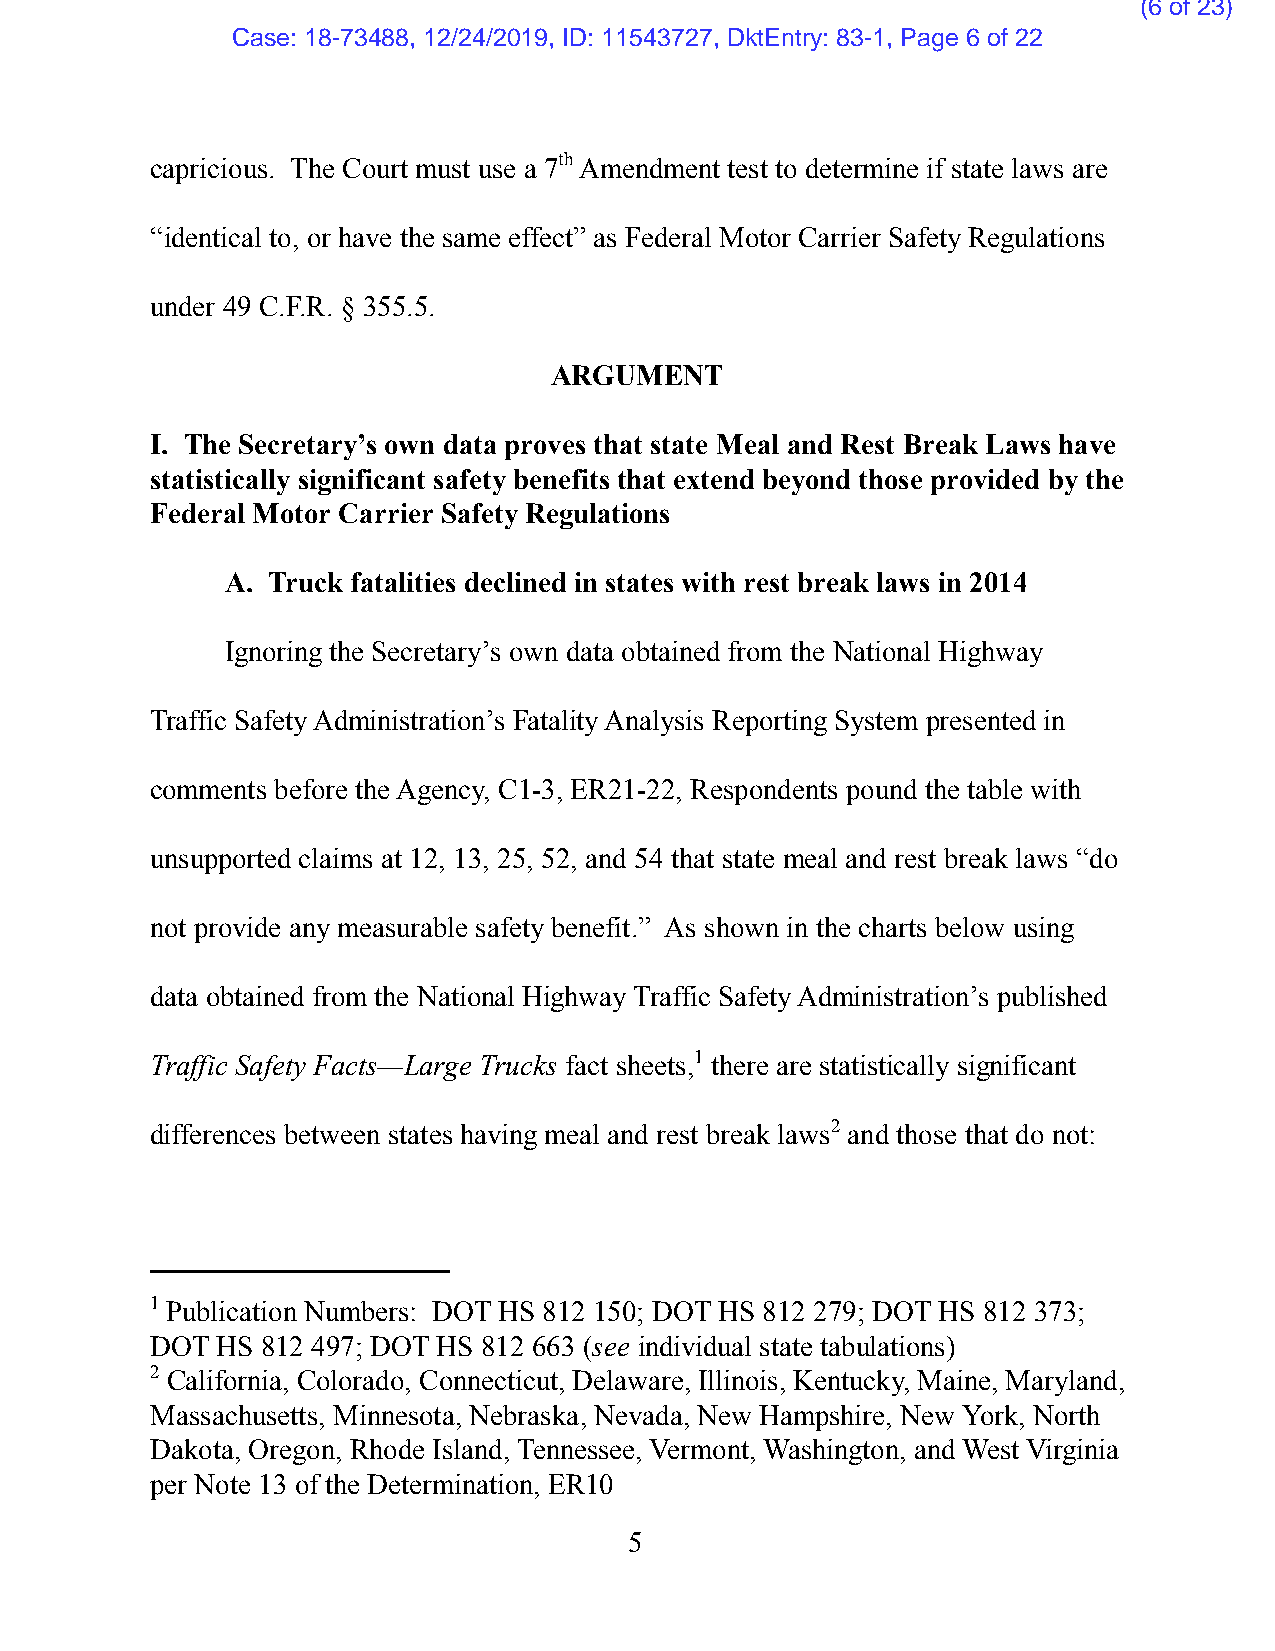
(6 of 23)
 Case: 18-73488, 12/24/2019, ID: 11543727, DktEntry: 83-1, Page 6 of 22
 capricious. The Court must use a 7th Amendment test to determine if state laws are
 “identical to, or have the same effect” as Federal Motor Carrier Safety Regulations
 under 49 C.F.R. § 355.5.
 ARGUMENT
 I. The Secretary’s own data proves that state Meal and Rest Break Laws have
 statistically significant safety benefits that extend beyond those provided by the
 Federal Motor Carrier Safety Regulations
 A. Truck fatalities declined in states with rest break laws in 2014
 Ignoring the Secretary’s own data obtained from the National Highway
 Traffic Safety Administration’s Fatality Analysis Reporting System presented in
 comments before the Agency, C1-3, ER21-22, Respondents pound the table with
 unsupported claims at 12, 13, 25, 52, and 54 that state meal and rest break laws “do
 not provide any measurable safety benefit.” As shown in the charts below using
 data obtained from the National Highway Traffic Safety Administration’s published
 Traffic Safety Facts—Large Trucks fact sheets,1 there are statistically significant
 differences between states having meal and rest break laws2 and those that do not:
 1 Publication Numbers: DOT HS 812 150; DOT HS 812 279; DOT HS 812 373;
 DOT HS 812 497; DOT HS 812 663 (see individual state tabulations)
 2 California, Colorado, Connecticut, Delaware, Illinois, Kentucky, Maine, Maryland,
 Massachusetts, Minnesota, Nebraska, Nevada, New Hampshire, New York, North
 Dakota, Oregon, Rhode Island, Tennessee, Vermont, Washington, and West Virginia
 per Note 13 of the Determination, ER10
 5